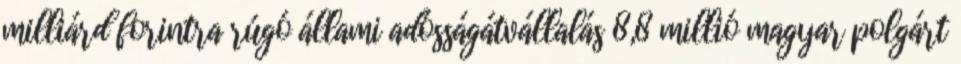
milliárd forintra rúgó állami adósságátvállalás 8,8 millió magyar polgárt